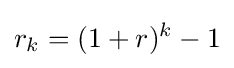
r_{k}=(1+r)^{k}-1